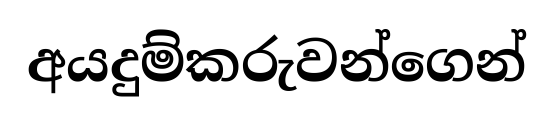
අයදුම්කරුවන්ගෙන්